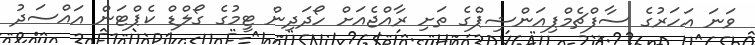
ވަނަ އަހަރުގެ ސާފްޗެމްޕިއަންޝިޕްގެ ތަށި ރާއްޖެއަށް ހޯދަދިން ޓީމުގެ ގޯލްޑް ކެޕްޓަން އައްސަދު